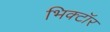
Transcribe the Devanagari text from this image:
भिक्टॉर